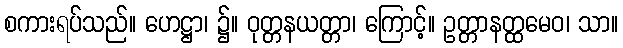
စကားရပ်သည်။ ဟေဋ္ဌာ၊ ၌။ ဝုတ္တနယတ္တာ၊ ကြောင့်။ ဥတ္တာနတ္ထမေဝ၊ သာ။